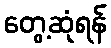
တွေ့ဆုံရန်